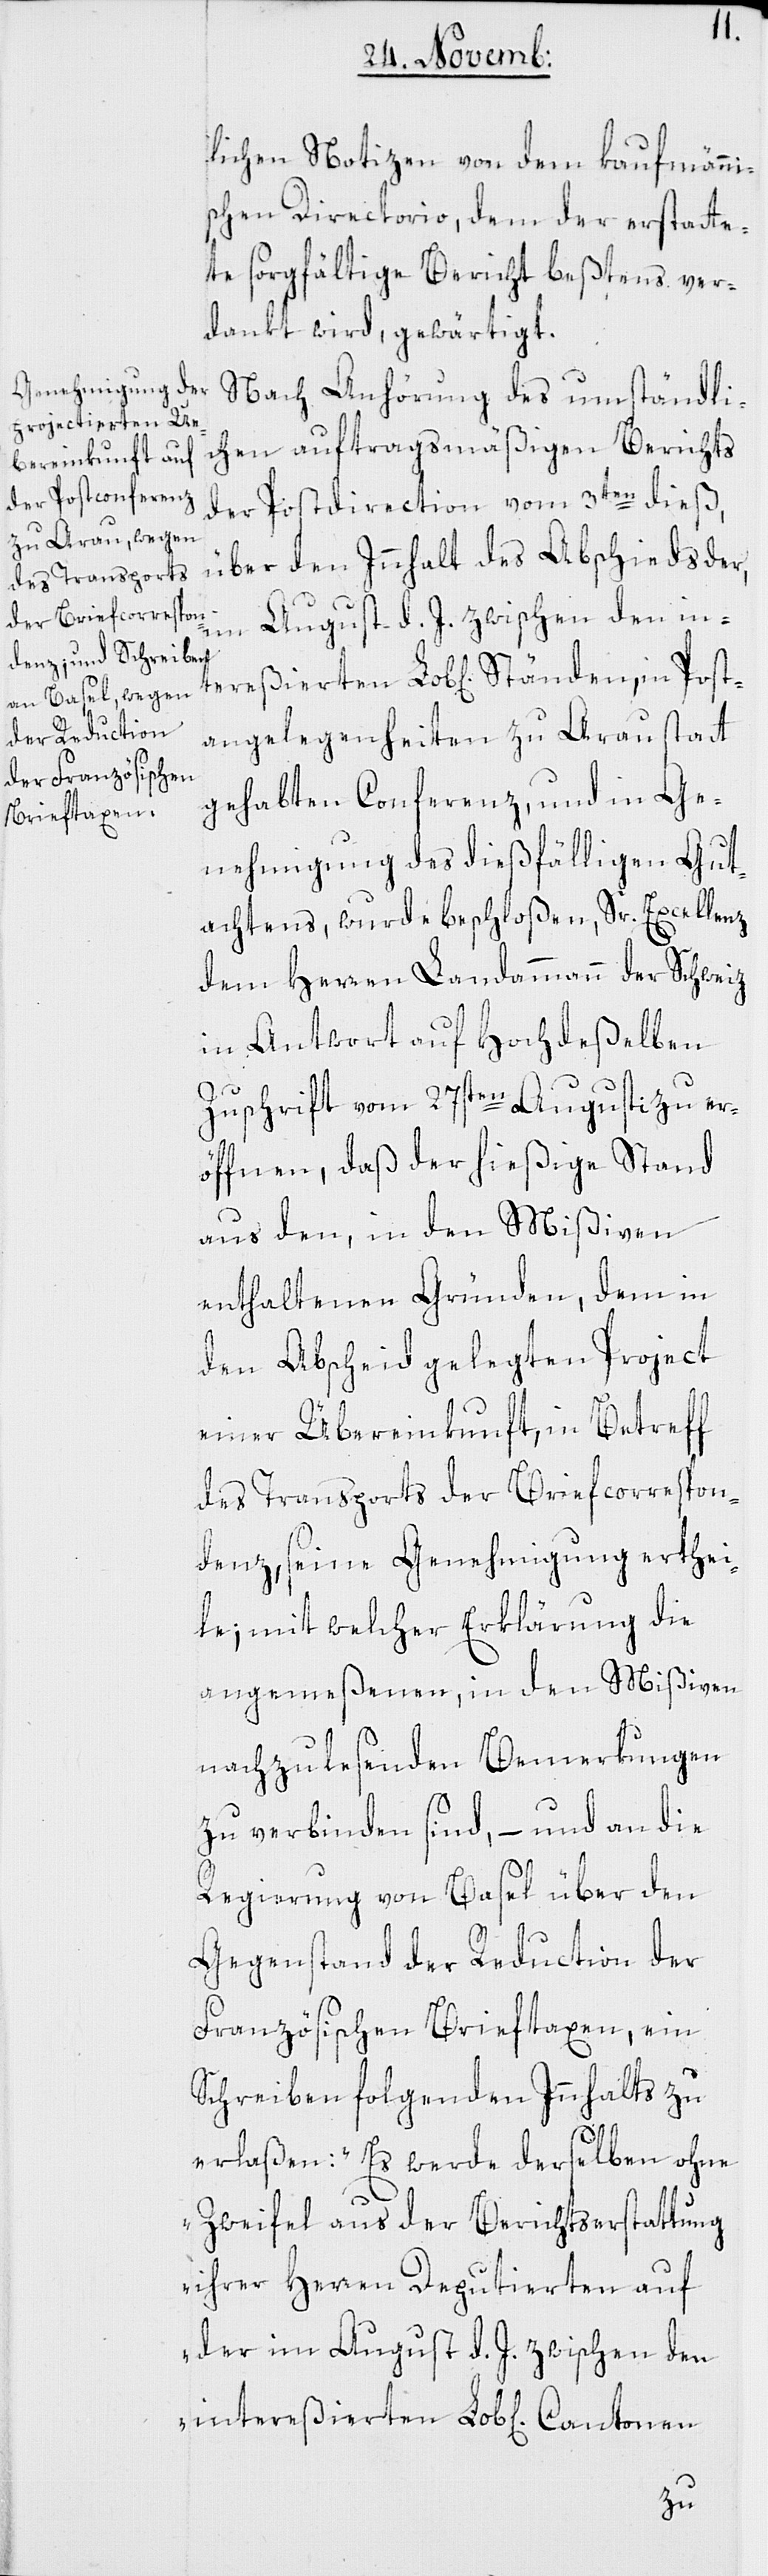
lichen Notizen von dem kaufmänni¬
schen Directorio, dem der erstatte¬
te sorgfältige Bericht beßtens ver¬
dankt wird, gewärtigt.
Nach Anhörung des umständli¬
chen auftragsmäßigen Berichts
der Postdirection vom 3ten dieß,
über den Innhalt des Abschieds der,
im August d. J. zwischen den
tangelegenheiten zu Arau statt
gehabten Conferenz, und in Ge¬
nehmigung des dießfälligen Gut¬
achtens, wurde beschloßen, Sr. Excellenz
dem Herren Landammann der Schweiz
in Antwort auf Hochdeßelben
Zuschrift vom 27sten Augusti zu er¬
öffnen, daß der hießige Stand
aus den, in den Mißiven
enthaltenen Gründen, dem in
den Abscheid gelegten Project
einer Übereinkunft, in Betreff
des Transports der Briefcorrespon¬
denz, seine Genehmigung erthei¬
le, mit welcher Erklärung die
angemeßenen, in den Mißiven
nachzulesenden Bemerkungen
zu verbinden sind, – und an die
Regierung von Basel über den
Gegenstand der Reduction der
Französischen Brieftaxen, ein
Schreiben folgenden Innhalts zu
erlaßen: „Es werde derselben ohne
Zweifel aus der Berichtserstattung
ihrer Herren Deputierten auf
der im August d. J. zwischen den
Pos¬